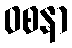
ဝစနာ